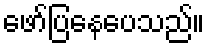
ဖော်ပြနေပေသည်။